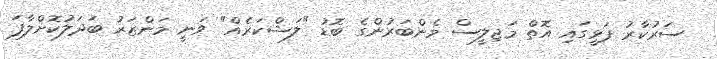
ސަރުކާރު ފަޅީގައި އޮތް މަޖިލީސް މެންބަރުންގެ ބޮޑު "ލަޝްކަރެއް" ވަނީ މަންޒަރު ބަދަލުކޮށްލާފަ